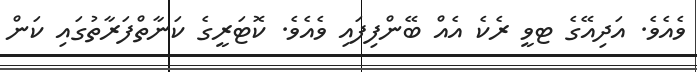
ވެއެވެ. އަދިއޭގެ ޓވީ ރެކެ އެއް ބޭންފިފައި ވެއެވެ. ކޮޓަރީގެ ކަނާތްފަރާތުގައި ކަން